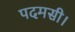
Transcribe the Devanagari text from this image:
पदमसी।